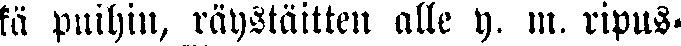
kä puihin, räystäitten alle y. m. ripus-